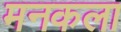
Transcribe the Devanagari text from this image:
मनकला